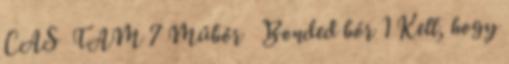
CAS TAM 7 Műbőr Bonded bőr 1 Kell, hogy